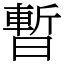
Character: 暫